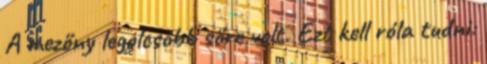
A mezőny legolcsóbb söre volt. Ezt kell róla tudni: